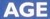
AGE